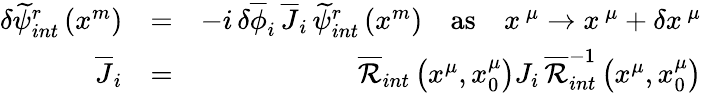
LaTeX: \begin{array}{rlr}{\delta\widetilde{\psi}_{int}^{r}\left(x^{m}\right)}&{=}&{-i\, \delta\overline{{\phi}}_{i}\, \overline{{J}}_{i}\, \widetilde{\psi}_{int}^{r}\left(x^{m}\right)\quad\mathrm{as}\quad x^{\, \mu}\rightarrow x^{\, \mu}+\delta x^{\, \mu}}\\ {\overline{{J}}_{i}}&{=}&{\overline{{\mathcal{R}}}_{int}\left(x^{\mu},x_{0}^{\mu}\right)J_{i}\, \overline{{\mathcal{R}}}_{int}^{-1}\left(x^{\mu},x_{0}^{\mu}\right)}\end{array}